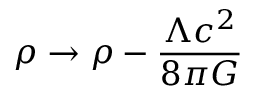
\rho \rightarrow \rho - { \frac { \Lambda c ^ { 2 } } { 8 \pi G } }